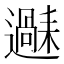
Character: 𬩧